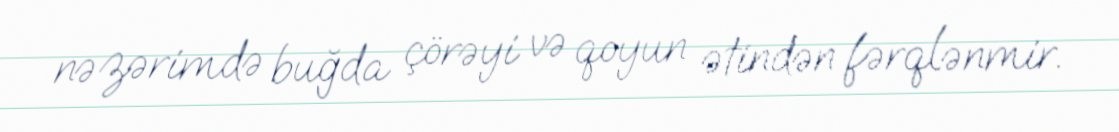
nəzərimdə buğda çörəyi və qoyun ətindən fərqlənmir.